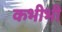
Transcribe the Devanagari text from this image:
कभीभी